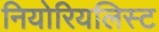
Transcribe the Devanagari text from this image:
नियोरियलिस्ट